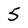
Character: 5